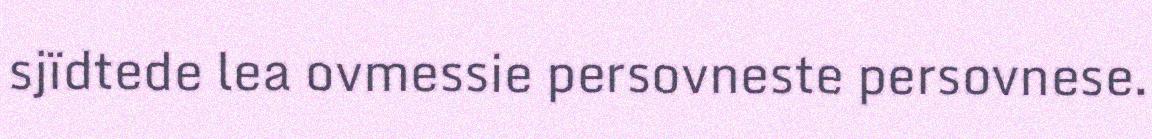
sjïdtede lea ovmessie persovneste persovnese.